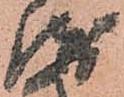
衛